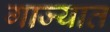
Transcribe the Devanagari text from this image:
गाज्यात